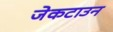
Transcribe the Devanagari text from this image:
जेकटाउन